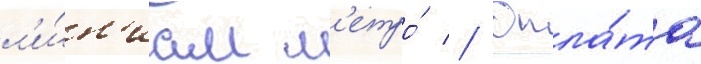
л'и́н'иам м'етро́ // Опла́та